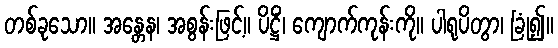
တစ်ခုသော။ အန္တေန၊ အစွန်းဖြင့်။ ပိဋ္ဌိံ၊ ကျောက်ကုန်းကို။ ပါရုပိတွာ၊ ခြုံ၍။